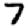
Digit: 7